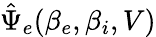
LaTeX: \hat{\Psi}_{e}(\beta_{e},\beta_{i},V)